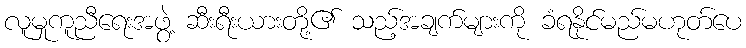
လူမှုကူညီရေးအဖွဲ့ ဆီးရီးယားတို့၏ သည့်အချက်များကို ခံရနိုင်မည်မဟုတ်ပေ